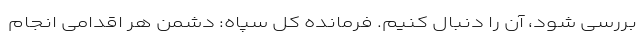
بررسی شود، آن را دنبال کنیم. فرمانده کل سپاه: دشمن هر اقدامی انجام